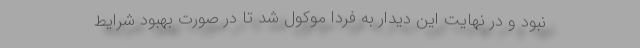
نبود و در نهایت این دیدار به فردا موکول شد تا در صورت بهبود شرایط